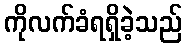
ကိုလက်ခံရရှိခဲ့သည်